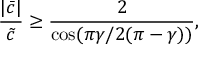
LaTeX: \frac { | \bar { c } | } { \tilde { c } } \geq \frac { 2 } { \cos ( \pi \gamma / 2 ( \pi - \gamma ) ) } ,